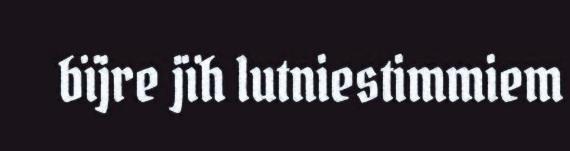
bïjre jïh lutniestimmiem